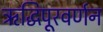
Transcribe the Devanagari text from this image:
ऋद्धिपूरवर्णन